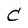
Character: C